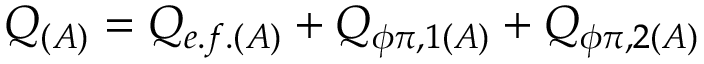
Q _ { ( A ) } = Q _ { e . f . ( A ) } + Q _ { \phi \pi , 1 ( A ) } + Q _ { \phi \pi , 2 ( A ) }